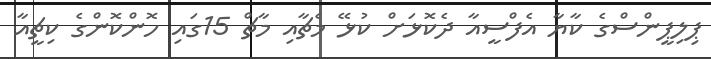
ޕިލިޕީންސްގެ ކާޔާ އެފްސީއާ ދެކޮޅަށް ކުޅޭ މެޗާއި މާޗް 15ގައި ހޮންކޮންގެ ކިޗީއާ